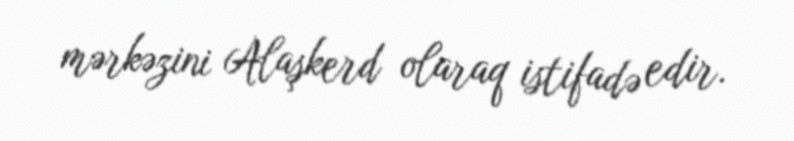
mərkəzini Alaşkerd olaraq istifadə edir.